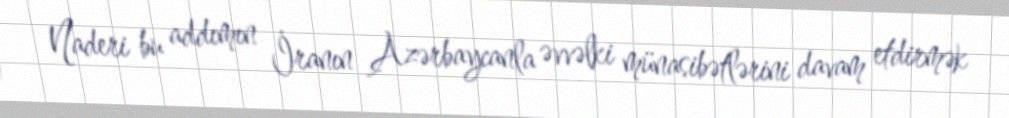
Naderi bu addımın İranın Azərbaycanla əvvəlki münasibətlərini davam etdirmək